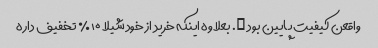
واقعن کیفیت پایین بود …. بعلاوه اینکه خرید از خود شیلا ۱۰٪ تخفیف داره